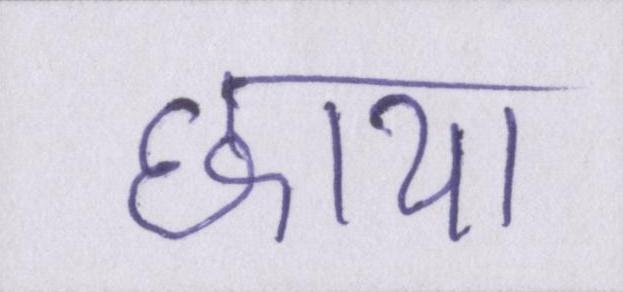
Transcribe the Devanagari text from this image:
छाया